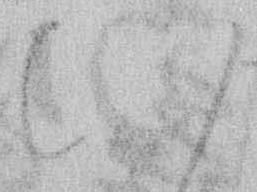
ひ